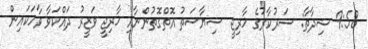
9:58 ޝިދާތާ: ސަރުކާރުގެ ޚާރިޖީ ސިޔާސަތު އޮތްގޮތުންނާއި ޚާރިޖީ ވަޒީރު ދައްކަވާ ވާހަކައިން